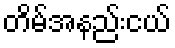
တိမ်အနည်းငယ်